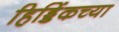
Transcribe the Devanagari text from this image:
हिड्डिंकच्या